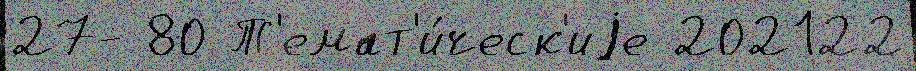
27- 80 Т'емат'и́ческ'иjе 202122